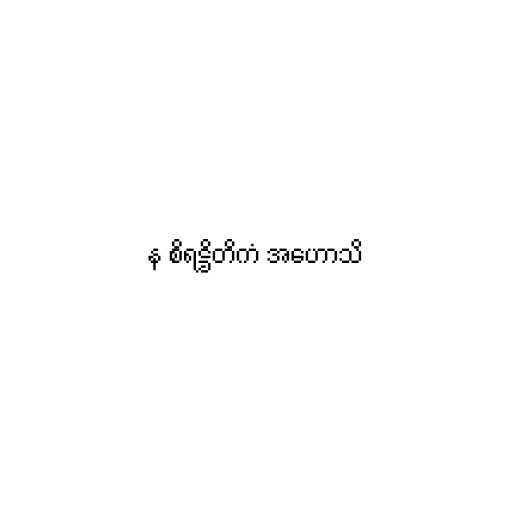
န စိရဋ္ဌိတိကံ အဟောသိ